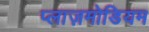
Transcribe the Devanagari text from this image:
प्लाज़मोडियम